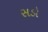
સડો